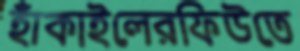
হাঁকাইলেরফিউতে